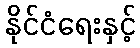
နိုင်ငံရေးနှင့်